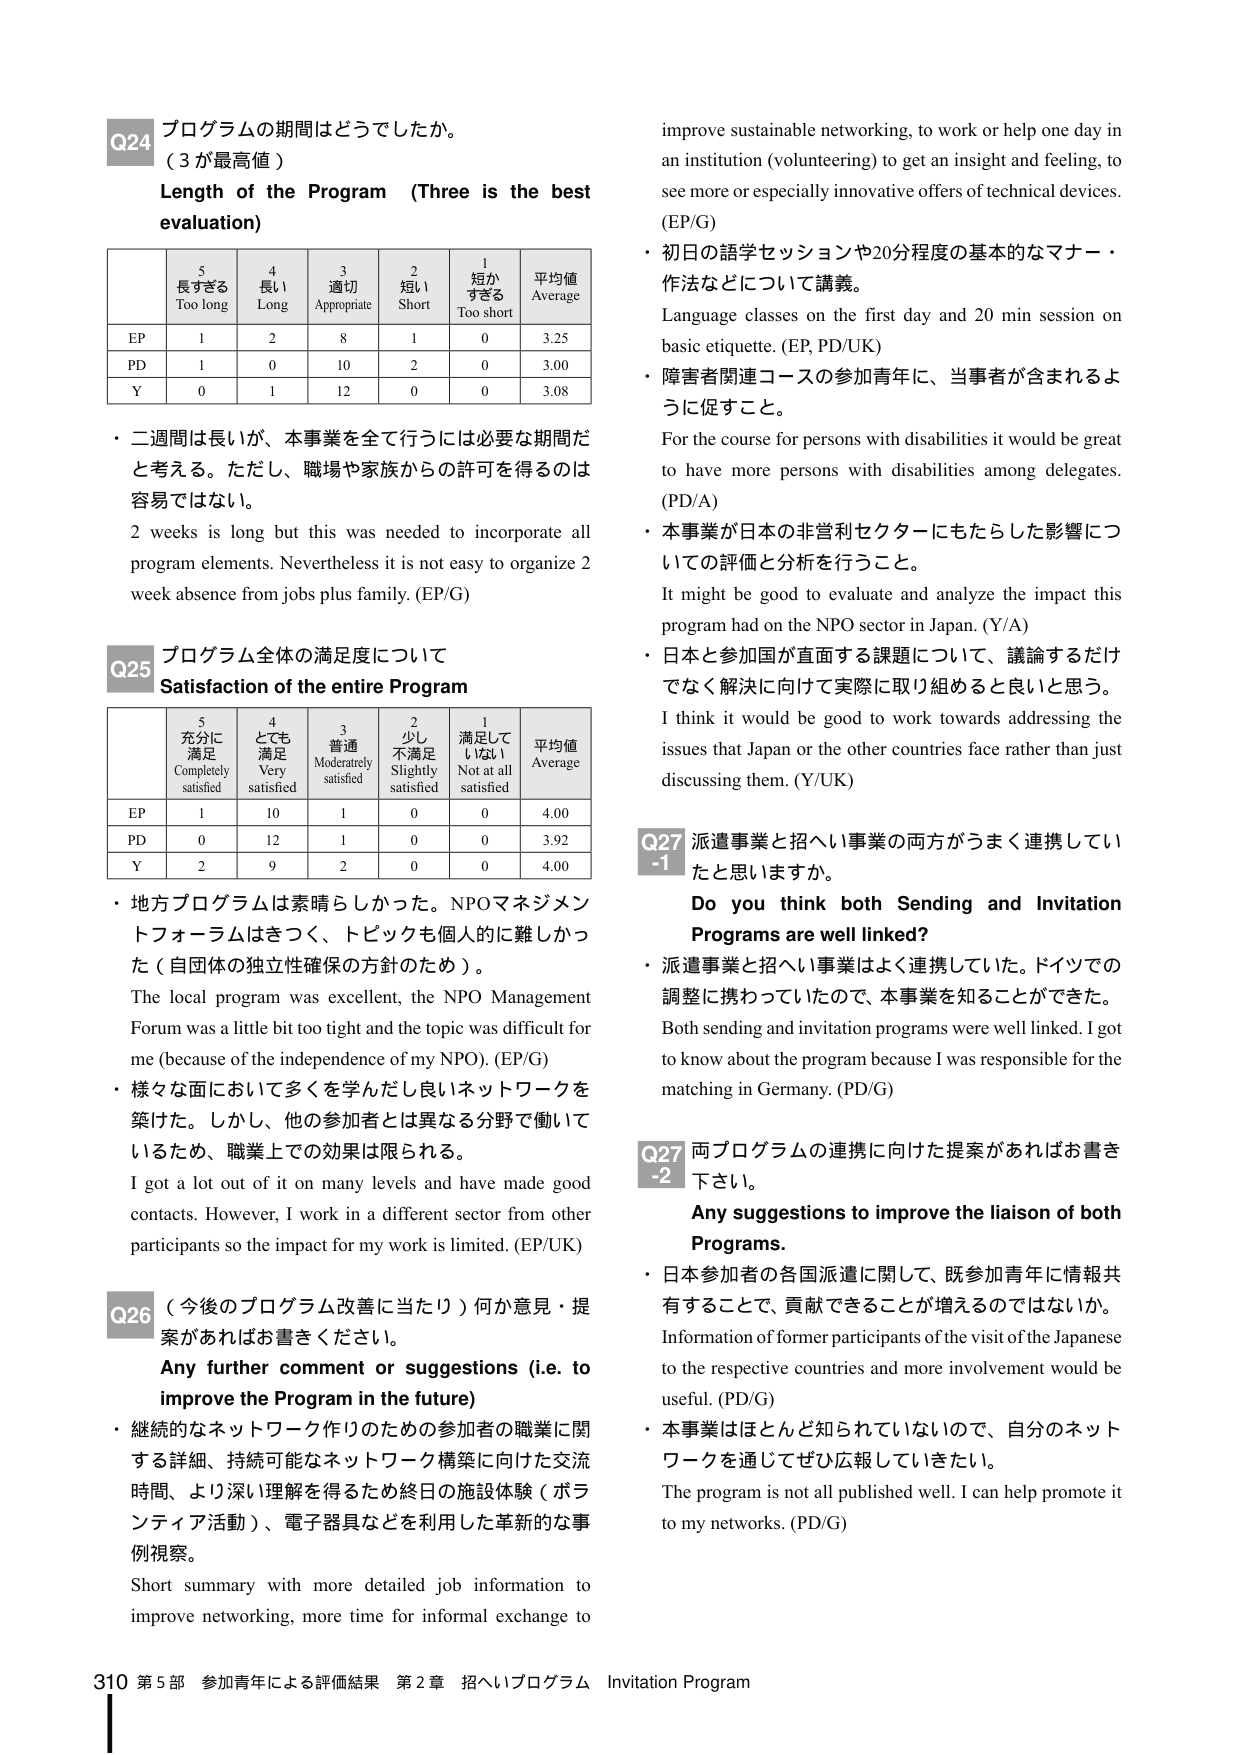
Q24 プログラムの期間はどうでしたか。
（3 が最高値）
Length of the Program (Three is the best evaluation)

5 長すぎる
Too long
4 長い
Long
3 適切
Appropriate
2 短い
Short
1 短かすぎる
Too short
平均値
Average

EP 1 2 8 1 0 3.25
PD 1 0 10 2 0 3.00
Y 0 1 12 0 0 3.08

・二週間は長いが、本事業を全て行うには必要な期間だと考える。ただし、職場や家族からの許可を得るのは容易ではない。
2 weeks is long but this was needed to incorporate all program elements. Nevertheless it is not easy to organize 2 week absence from jobs plus family. (EP/G)

Q25 プログラム全体の満足度について
Satisfaction of the entire Program

5 充分に満足
Completely satisfied
4 とても満足
Very satisfied
3 普通
Moderately satisfied
2 少し不満足
Slightly satisfied
1 満足していなし
Not at all satisfied
平均値
Average

EP 1 10 1 0 0 4.00
PD 0 12 1 0 0 3.92
Y 2 9 2 0 0 4.00

・地方プログラムは素晴らしかった。NPOマネジメントフォーラムはきつく、トピックも個人的に難しかった（自団体の独立性確保の方針のため）。
The local program was excellent, the NPO Management Forum was a little bit too tight and the topic was difficult for me (because of the independence of my NPO). (EP/G)
・様々な面において多くを学んだし良いネットワークを築けた。しかし、他の参加者とは異なる分野で働いているため、職業上での効果は限られる。
I got a lot out of it on many levels and have made good contacts. However, I work in a different sector from other participants so the impact for my work is limited. (EP/UK)

Q26 （今後のプログラム改善に当たり）何か意見・提案があればお書きください。
Any further comment or suggestions (i.e. to improve the Program in the future)

・継続的なネットワーク作りのための参加者の職業に関する詳細、持続可能なネットワーク構築に向けた交流時間、より深い理解を得るため終日の施設体験（ボランティア活動）、電子器具などを利用した革新的な事例視察。
Short summary with more detailed job information to improve networking, more time for informal exchange to

improve sustainable networking, to work or help one day in an institution (volunteering) to get an insight and feeling, to see more or especially innovative offers of technical devices. (EP/G)
・初日の語学セッションや20分程度の基本的なマナー・作法などについて講義。
Language classes on the first day and 20 min session on basic etiquette. (EP, PD/UK)
・障害者関連コースの参加青年に、当事者が含まれるように促すこと。
For the course for persons with disabilities it would be great to have more persons with disabilities among delegates. (PD/A)
・本事業が日本の非営利セクターにもたらした影響についての評価と分析を行うこと。
It might be good to evaluate and analyze the impact this program had on the NPO sector in Japan. (Y/A)
・日本と参加国が直面する課題について、議論するだけではなく解決に向けて実際に取り組めると良いと思う。
I think it would be good to work towards addressing the issues that Japan or the other countries face rather than just discussing them. (Y/UK)

Q27-1 派遣事業と招へい事業の両方がうまく連携していたと思いますか。
Do you think both Sending and Invitation Programs are well linked?
・派遣事業と招へい事業はよく連携していた。ドイツでの調整に携わっていたので、本事業を知ることができた。
Both sending and invitation programs were well linked. I got to know about the program because I was responsible for the matching in Germany. (PD/G)

Q27-2 両プログラムの連携に向けた提案があればお書き下さい。
Any suggestions to improve the liaison of both Programs.
・日本参加者の各国派遣に関して、既参加青年に情報共有することで、貢献できることが増えるのではないか。
Information of former participants of the visit of the Japanese to the respective countries and more involvement would be useful. (PD/G)
・本事業はほとんど知られていないので、自分のネットワークを通じてぜひ広報していきたい。
The program is not all published well. I can help promote it to my networks. (PD/G)

310 第5部 参加青年による評価結果 第2章 招へいプログラム Invitation Program